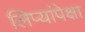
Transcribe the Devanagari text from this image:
लिप्यांपेक्षा